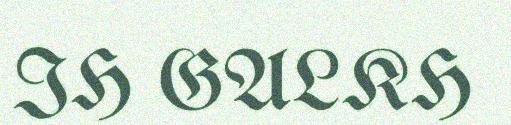
IH GALKH